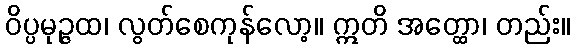
ဝိပ္ပမုဉ္ဇထ၊ လွတ်စေကုန်လော့။ ဣတိ အတ္ထော၊ တည်း။